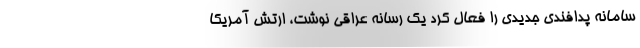
سامانه پدافندی جدیدی را فعال کرد یک رسانه عراقی نوشت، ارتش آمریکا